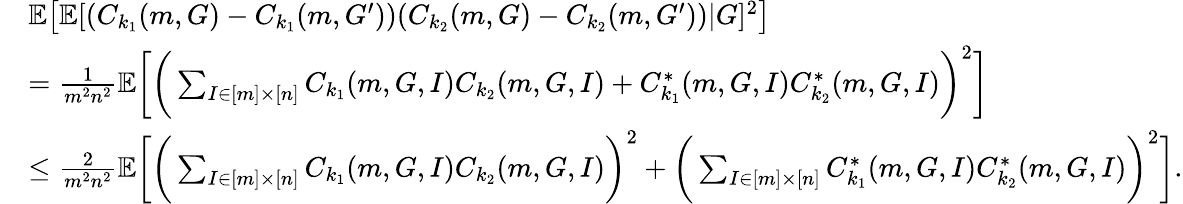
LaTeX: \begin{array}{rl}&{\mathbb{E}\big[\mathbb{E}[(C_{k_{1}}(m,G)-C_{k_{1}}(m,G^{\prime}))(C_{k_{2}}(m,G)-C_{k_{2}}(m,G^{\prime}))|G]^{2}\big]}\\ &{=\frac{1}{m^{2}n^{2}}\mathbb{E}\bigg[\bigg(\sum_{I\in[m]\times[n]}C_{k_{1}}(m,G,I)C_{k_{2}}(m,G,I)+C_{k_{1}}^{\ast}(m,G,I)C_{k_{2}}^{\ast}(m,G,I)\bigg)^{2}\bigg]}\\ &{\le\frac{2}{m^{2}n^{2}}\mathbb{E}\bigg[\bigg(\sum_{I\in[m]\times[n]}C_{k_{1}}(m,G,I)C_{k_{2}}(m,G,I)\bigg)^{2}+\bigg(\sum_{I\in[m]\times[n]}C_{k_{1}}^{\ast}(m,G,I)C_{k_{2}}^{\ast}(m,G,I)\bigg)^{2}\bigg].}\end{array}